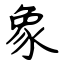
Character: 象